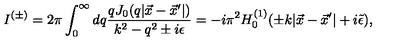
I ^ { ( \pm ) } = 2 \pi \int _ { 0 } ^ { \infty } d q \frac { q J _ { 0 } ( q | \vec { x } - \vec { x } ^ { \prime } | ) } { k ^ { 2 } - q ^ { 2 } \pm i \epsilon } = - i \pi ^ { 2 } H _ { 0 } ^ { ( 1 ) } ( \pm k | \vec { x } - \vec { x } ^ { \prime } | + i \tilde { \epsilon } ) ,